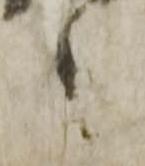
之